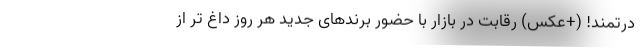
درتمند! (+عکس) رقابت در بازار با حضور برندهای جدید هر روز داغ تر از